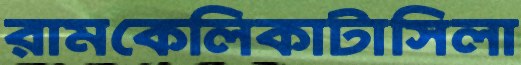
রামকেলিকাটাসিলা